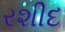
રશીદ